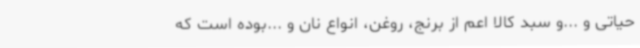
حیاتی و ...و سبد کالا اعم از برنج، روغن، انواع نان و ...بوده است که